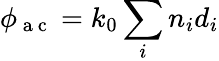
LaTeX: \phi_{\mathrm{~a~c~}}=k_{0}\sum_{i}n_{i}d_{i}